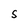
Character: S